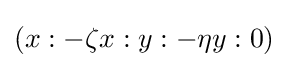
(x:-\zeta x:y:-\eta y:0)